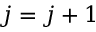
j = j + 1